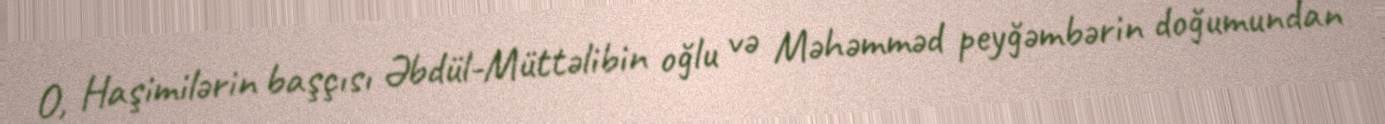
O, Haşimilərin başçısı Əbdül-Müttəlibin oğlu və Məhəmməd peyğəmbərin doğumundan